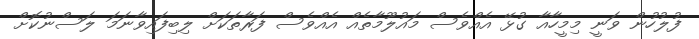
ފުލުހުން ވަނީ މިމީހާއާ ގުޅޭ އެއްވެސް މައުލޫމާތެއް އެއްވެސް ފަރާތަކަށް ލިބިފައިވާނަމަ ލަސްނުކޮށް